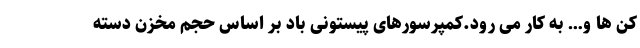
کن ها و… به کار می رود.کمپرسورهای پیستونی باد بر اساس حجم مخزن دسته